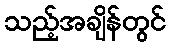
သည့်အချိန်တွင်